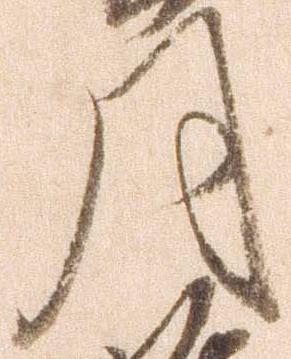
月